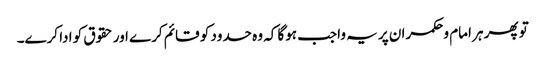
تو پھر ہر امام وحکمران پر یہ واجب ہوگا کہ وہ حدود کو قائم کرے اور حقوق کو ادا کرے۔